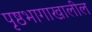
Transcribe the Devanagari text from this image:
पृष्ठभागाखालील